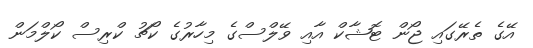
އޭގެ ތެރޭގައި ޖޯން ޓޮޝާކް އާއި ވޭލްސްގެ މިހާރުގެ ކޯޗު ކްރިސް ކޯލްމަން